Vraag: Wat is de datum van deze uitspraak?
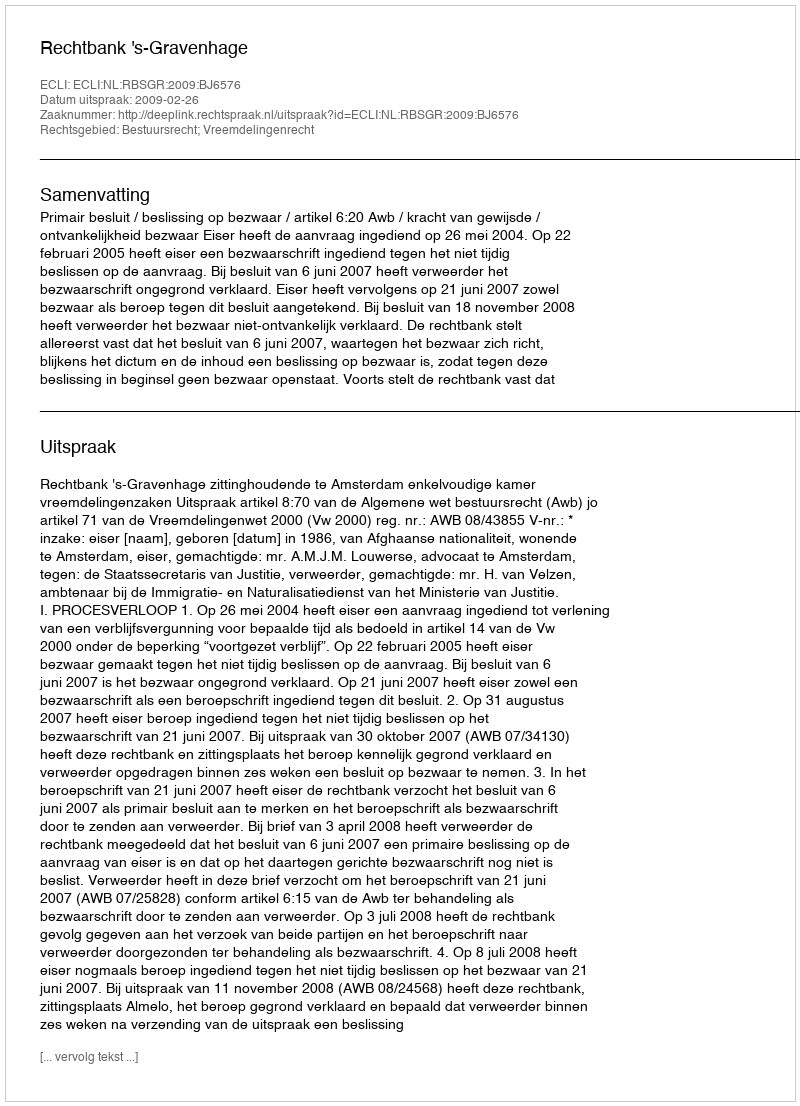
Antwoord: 2009-02-26